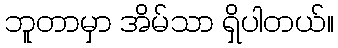
ဘူတာမှာ အိမ်သာ ရှိပါတယ်။